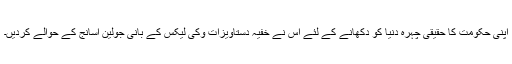
اپنی حکومت کا حقیقی چہرہ دنیا کو دکھانے کے لئے اس نے خفیہ دستاویزات وکی لیکس کے بانی جولین اسانج کے حوالے کردیں۔